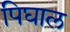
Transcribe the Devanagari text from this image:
पिघाल